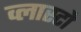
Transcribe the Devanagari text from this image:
व्लास्टो